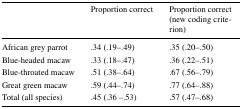
|  | Proportion correct | Proportion correct (new coding criterion) |
 | --- | --- | --- |
 | African grey parrot | .34 (.19–.49) | .35 (.20–.50) |
 | Blue-headed macaw | .33 (.18–.47) | .36 (.22–.51) |
 | Blue-throated macaw | .51 (.38–.64) | .67 (.56–.79) |
 | Great green macaw | .59 (.44–.74) | .77 (.64–.88) |
 | Total (all species) | .45 (.36 –.53) | .57 (.47–.68) |